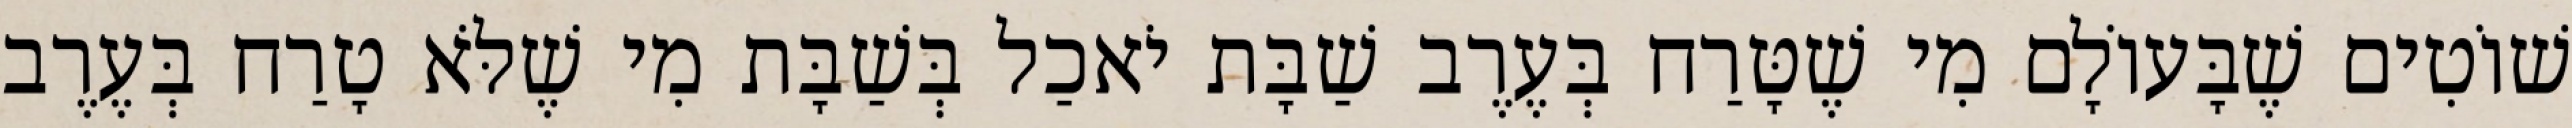
שׁוֹטִים שֶׁבָּעוֹלָם מִי שֶׁטָּרַח בְּעֶרֶב שַׁבָּת יֹאכַל בְּשַׁבָּת מִי שֶׁלֹּא טָרַח בְּעֶרֶב